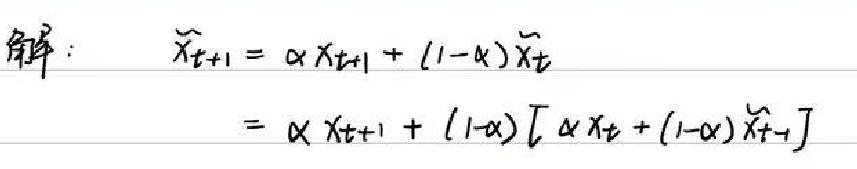
解: $\widetilde{x}_{t + 1}=\alpha x_{t + 1}+(1 - \alpha)\widetilde{x}_{t}$
$=\alpha x_{t + 1}+(1 - \alpha)[\alpha x_{t}+(1 - \alpha)\widetilde{x}_{t - 1}]$